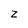
Character: z